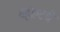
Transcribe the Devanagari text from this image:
व्होल्टचे